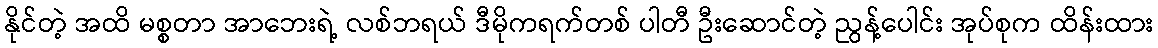
နိုင်တဲ့ အထိ မစ္စတာ အာဘေးရဲ့ လစ်ဘရယ် ဒီမိုကရက်တစ် ပါတီ ဦးဆောင်တဲ့ ညွန့်ပေါင်း အုပ်စုက ထိန်းထား